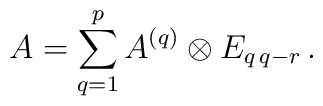
A=\sum_{q=1}^pA^{(q)}\otimes E_{q\,q-r}\, .